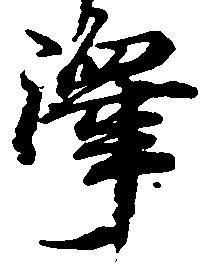
沢